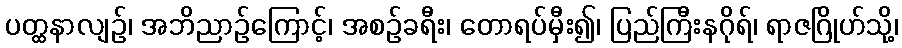
ပတ္ထနာလျဉ်၊ အဘိညာဉ်ကြောင့်၊ အစဉ်ခရီး၊ တောရပ်မှီး၍၊ ပြည်ကြီးနဂိုရ်၊ ရာဇဂြိုဟ်သို့၊